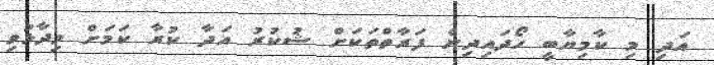
އަދި މި ކާމިޔާބީ ހޯދައިދިން ފަރާތްތަކަށް ޝުކުރު އަދާ ކުރާ ކަމަށް ވިދާޅުވި